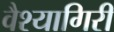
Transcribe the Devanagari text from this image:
वैश्यागिरी